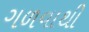
ગળવાથી